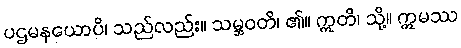
ပဌမနယောပိ၊ သည်လည်း။ သမ္ဘဝတိ၊ ၏။ ဣတိ၊ သို့။ ဣမဿ